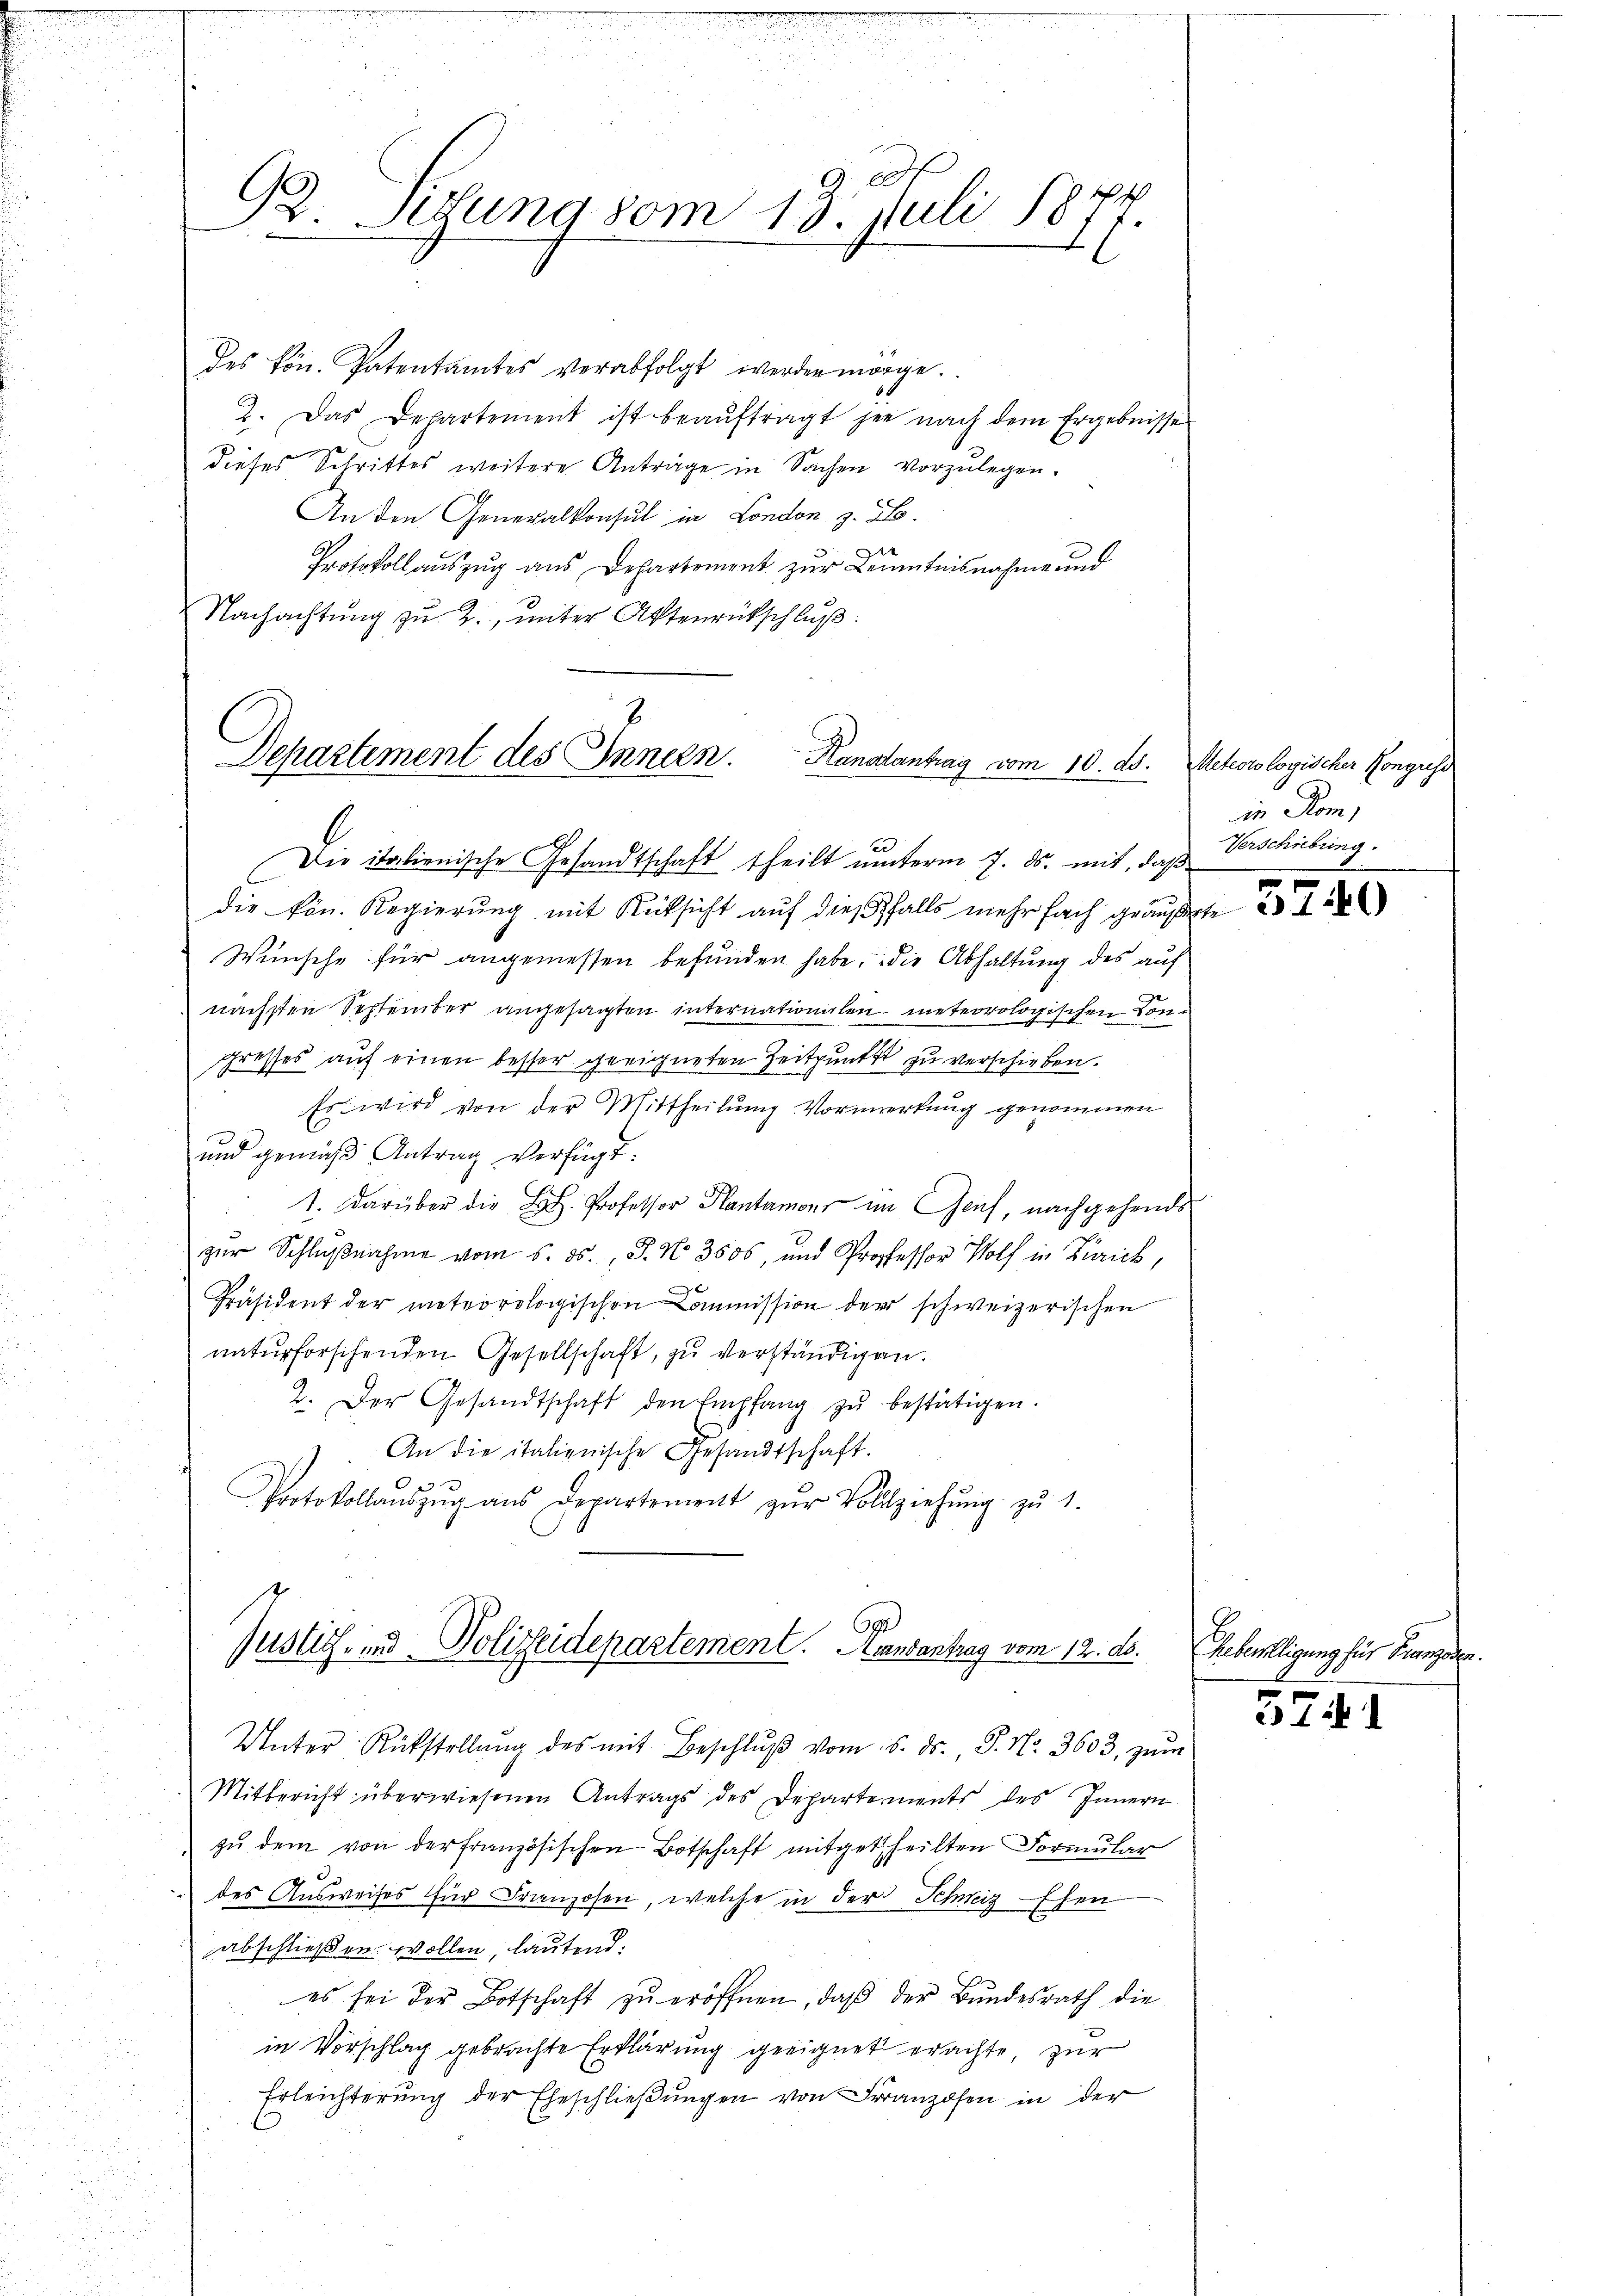
un seinen einen

des kön. Patentamtes verabfolgt werden morge.
2. Das Departement ist beaŭftragt je nach dem Ergebnisse
dieses Schrittes weitere Anträge in Sachen vorzulegen.
An den Generalkonsul in London z. B.
e
Protokoll auszug aus Departement zur Kenntnisnahme und
Nachachtung zu 2., unter Aktenrückschluß
.

e
l
B. Sitzung vom 13. Juli 1877.

Die italienische Gesandtschaft theilt unterm 7. ds. mit, daß
die kön. Regierung mit Rücksicht auf dießfalls mehr fach geäußerte
Wünsche für angemessen befunden habe, die Abhaltung des auf
nächsten September angesagten internationalen meteorologischen Congresses auf einen besser geeigneten Zeitpunkt zu verschieben.
Es wird von der Mittheilung Vormerkung genommen
und gemäß Antrag verfügt:
1. darüber die L. Professor Hantamens im Genf, nachgehends
zur Schlaβnahme vom 5. ds., S. No 3506, und Professor Wolf in Zürich,
Präsident der meteorologischen Commission der schweizerischen
naturforschenden Gesellschaft, zu verständigen.
2. Der Gesandtschaft den Empfang zŭ bestätigen.
An die italienische Gesandtschaft.
Protokollaŭszŭg aŭs Departement zŭr Vollziehŭng zŭ 1.

Dchartement des Innern. Kanalantrag vom 10. ds.

69
Justiz- und Polizeidepartement. Mandantrag vom 12. ds.

Unter Rükstellŭng des mit Beschlŭβ vom 16. ds., S. Nr. 3603, zŭm
Mitbericht überwiesenen Antrags des Departements des Innern
zŭ dem von der französischen Botschaft mitgetheilten Formŭlar
des Ausweises für Franzosen, welche in der Schweiz Ehen
abschließen wollen, lautend:
es sei der Botschaft zŭ eröffnen, daβ der Bundesrath die
in Vorschlag gebrachte Erklärung geeignet erachte, zur
Erleichterung der Eheschließungen von Franzosen in der
i
.

Aeteorologischer Kongress
in Kom
Verschiebung.

Hebelligung für Franzosen.

3741